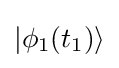
|\phi _{1}(t_{1})\rangle